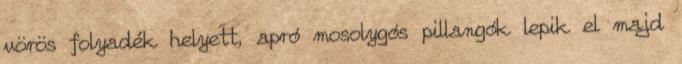
vörös folyadék helyett, apró mosolygós pillangók lepik el majd